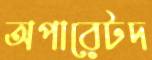
অপারেটদ